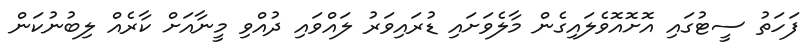
ފަހަތު ސީޓުގައި އޮށޮއޮވެލައިގެން މާލެވަށައި ޑުރައިވަރު ލައްވައި ދުއްވި މީނާއަށް ކާރެއް ލިބުނުކަން